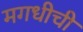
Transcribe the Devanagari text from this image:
मगधीची